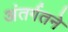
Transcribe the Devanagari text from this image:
अंतर्गतने